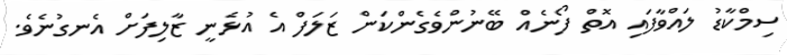
ސިމްކާޑު ލައްވާފައި އޮތް ފޯނެއް ބޭނުންވެގެންކަން ޒަލަފް އެ އުޅެނީ ޒާލިފަށް އެނގުނެވެ.